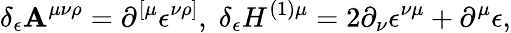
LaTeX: \delta_{\epsilon}\mathbf{A}^{\mu\nu\rho}=\partial^{\left[\mu\right.}\epsilon^{\left.\nu\rho\right]},\; \delta_{\epsilon}H^{(1)\mu}=2\partial_{\nu}\epsilon^{\nu\mu}+\partial^{\mu}\epsilon,